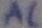
Text: AC